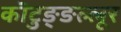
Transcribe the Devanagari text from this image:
कॊटुङ्ङल्लूर